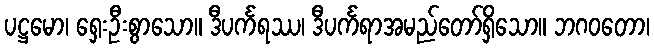
ပဋ္ဌမော၊ ရှေးဦးစွာသော။ ဒီပင်္ကရဿ၊ ဒီပင်္ကရာအမည်တော်ရှိသော။ ဘဂဝတော၊